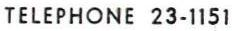
TELEPHONE 23-1151